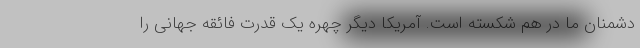
دشمنان ما در هم شکسته است. آمریکا دیگر چهره یک قدرت فائقه جهانی را